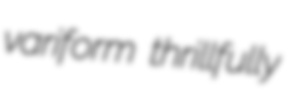
variform thrillfully